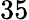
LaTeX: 35